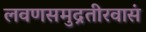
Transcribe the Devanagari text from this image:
लवणसमुद्रतीरवासं